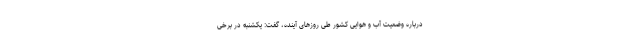
درباره وضعیت آب و هوایی کشور طی روزهای آینده، گفت: یکشنبه در برخی